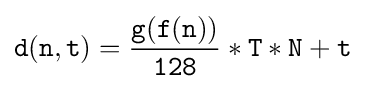
{\mathtt {d(n,t)={\frac {g(f(n))}{128}}*T*N+t}}